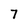
Character: 7